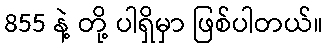
855 နဲ့ တို့ ပါရှိမှာ ဖြစ်ပါတယ်။